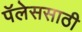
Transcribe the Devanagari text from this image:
पॅलेससाठी